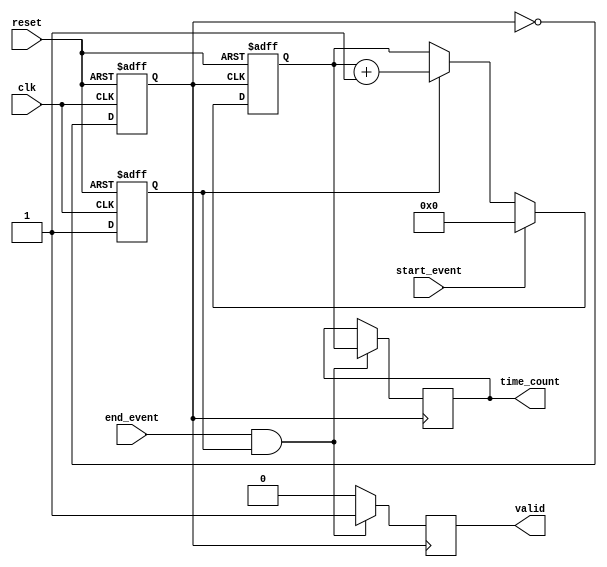
module TDC (
    input wire clk,               // System clock
    input wire reset,             // Reset signal
    input wire start_event,       // Start event signal
    input wire end_event,         // End event signal
    output reg [15:0] time_count, // Output time interval in clock cycles
    output reg valid              // Valid output signal
);

// PLL parameters
parameter VCO_FREQ = 100e6;     // VCO frequency (100 MHz)
parameter COUNTER_WIDTH = 16;    // Width of the counter

// Internal signals
reg [COUNTER_WIDTH-1:0] counter; // Digital counter
reg pll_clk;                      // PLL output clock
reg pll_locked;                   // PLL lock status

// PLL instantiation (simplified, actual PLL implementation would be more complex)
// This is a placeholder; actual PLL implementation would be hardware specific.
always @(posedge clk or posedge reset) begin
    if (reset) begin
        pll_clk <= 0; // Reset PLL clock
        pll_locked <= 0; // Reset PLL lock status
    end else begin
        // Simulate PLL behavior (toggle clock for simplicity)
        pll_clk <= ~pll_clk;
        pll_locked <= 1; // Assume PLL is always locked for this example
    end
end

// Digital counter
always @(posedge pll_clk or posedge reset) begin
    if (reset) begin
        counter <= 0; // Reset counter
    end else if (start_event) begin
        counter <= 0; // Reset counter on start event
    end else if (pll_locked) begin
        counter <= counter + 1; // Increment counter on PLL clock
    end
end

// Time interval measurement
always @(posedge pll_clk) begin
    if (end_event && pll_locked) begin
        time_count <= counter; // Capture counter value on end event
        valid <= 1; // Signal that the output is valid
    end else begin
        valid <= 0; // Reset valid signal
    end
end

endmodule